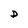
Character: D